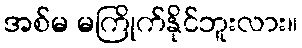
အစ်မ မကြိုက်နိုင်ဘူးလား။